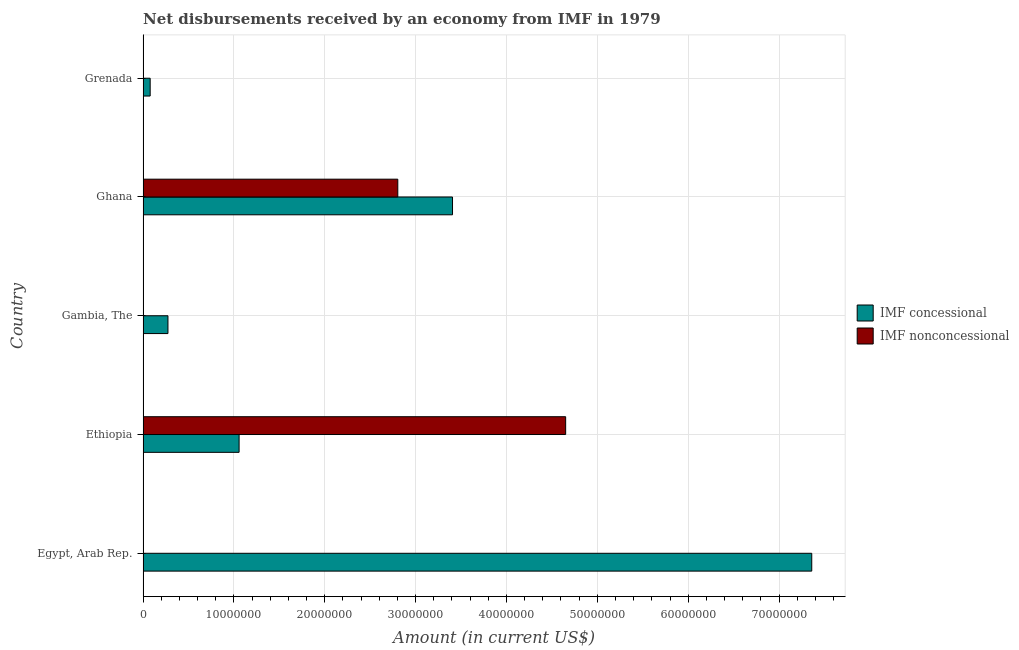
| Country | IMF concessional | IMF nonconcessional |
 | --- | --- | --- |
 | Egypt, Arab Rep. | 7.36e+07 | -6.62e+07 |
 | Ethiopia | 1.06e+07 | 4.65e+07 |
 | Gambia, The | 2.74e+06 | -4.55e+06 |
 | Ghana | 3.41e+07 | 2.8e+07 |
 | Grenada | 7.83e+05 | -3.62e+05 |